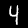
Digit: 4